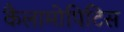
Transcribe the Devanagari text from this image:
कैलामोपिटिस